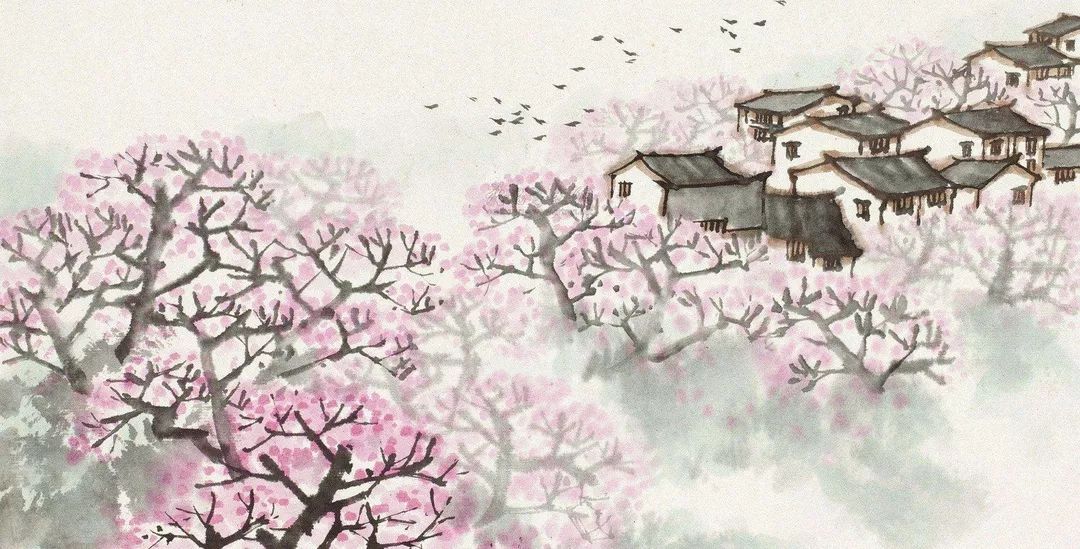
晓看红湿处，花重锦官城。